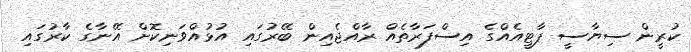
ކުރީން ސިޔާސީ ޕާޓީއެއްގެ އިސްފަރާތެއް ރާއްޖެއިން ބޭރުގައި އުޅުއްވަނިކޮށް އޭނާގެ ކާރުގައި